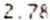
2.78